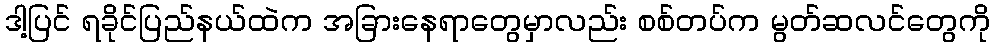
ဒါ့ပြင် ရခိုင်ပြည်နယ်ထဲက အခြားနေရာတွေမှာလည်း စစ်တပ်က မွတ်ဆလင်တွေကို